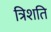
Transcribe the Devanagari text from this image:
त्रिशति